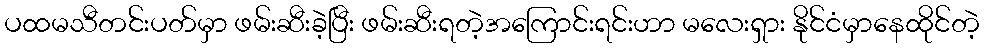
ပထမသီတင်းပတ်မှာ ဖမ်းဆီးခဲ့ပြီး ဖမ်းဆီးရတဲ့အကြောင်းရင်းဟာ မလေးရှား နိုင်ငံမှာနေထိုင်တဲ့